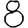
Digit: 8